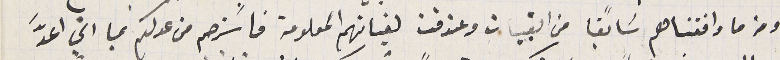
ومن ما وافقناهم سَابقًا من القبيات وعندقت لغياتهم المعلومة فاسَترحم من عدلكم بما اني اعدَّ